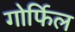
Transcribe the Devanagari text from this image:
गोर्फिल